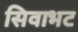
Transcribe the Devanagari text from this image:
सिवाभट